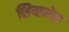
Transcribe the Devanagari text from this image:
शियामेन